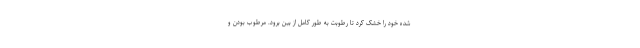
شده خود را خشک کرد تا رطوبت به طور کامل از بین برود. مرطوب بودن و